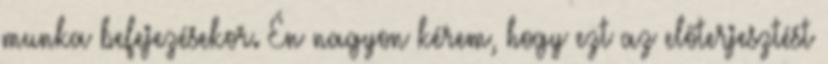
munka befejezésekor. Én nagyon kérem, hogy ezt az előterjesztést